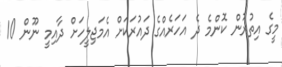
މީގެ އިތުރުން ކޮންމެ ދެ އަހަރެއްގެ ދައުރަކަށް އެމަޖިލީހަށް ދާއިމީ ނޫން 10